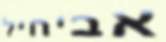
אביחיל